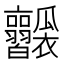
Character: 𤬥